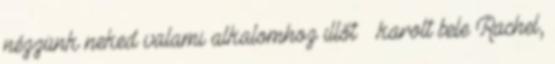
nézzünk neked valami alkalomhoz illőt – karolt bele Rachel,